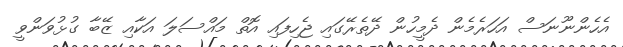
އެހެންނޫނަސް އަހަރެމެން ދެމީހުން ދޭތެރޭގައި ޖެހިފައި އޮތް މައްސަލަ އަކާއި ޒޭބާ ގުޅުވަންވީ